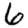
Digit: 6